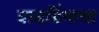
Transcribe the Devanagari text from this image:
वावडिंगाचा